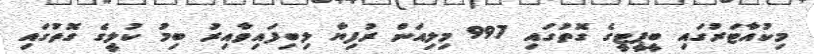
މިކުއާޓަރުގައި ބީޕީޓީގެ ގޮތުގައި 997 މިލިއަން ރުފިޔާ ލިބިފައިވާއިރު ބިމު ކުލީގެ ގޮތުަގައި